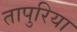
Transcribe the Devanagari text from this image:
तापुरिया